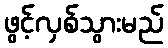
ဖွင့်လှစ်သွားမည်